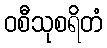
ဝစီသုစရိတံ